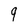
Character: 9